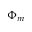
\Phi _ { m }